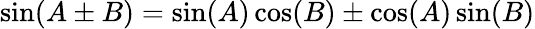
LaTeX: \sin(A\pm B)=\sin(A)\cos(B)\pm\cos(A)\sin(B)